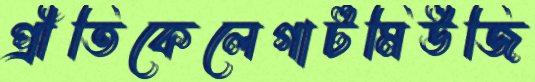
প্রীতিকেলেগাটমিউজি